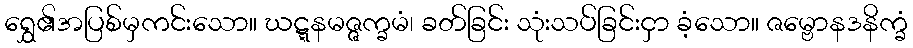
ရွှေ၏အပြစ်မှကင်းသော။ ဃဋ္ဋနမဇ္ဇက္ခမံ၊ ခတ်ခြင်း သုံးသပ်ခြင်းငှာ ခံ့သော။ ဇမ္ဗောနဒနိက္ခံ